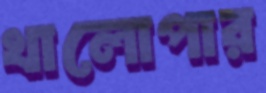
খালোপার